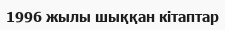
1996 жылы шыққан кітаптар